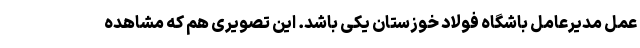
عمل مدیرعامل باشگاه فولاد خوزستان یکی باشد. این تصویری هم که مشاهده